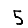
Digit: 5